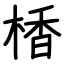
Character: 楿